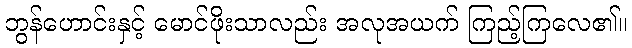
ဘွန်ဟောင်းနှင့် မောင်ဖိုးသာလည်း အလုအယက် ကြည့်ကြလေ၏။